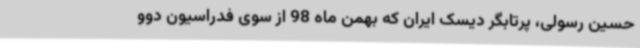
حسین رسولی، پرتابگر دیسک ایران که بهمن ماه 98 از سوی فدراسیون دوو